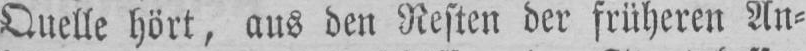
Quelle hört, aus den Resten der früheren An⸗